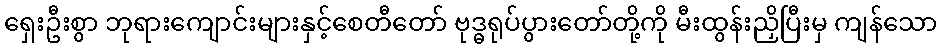
ရှေးဦးစွာ ဘုရားကျောင်းများနှင့်စေတီတော် ဗုဒ္ဓရုပ်ပွားတော်တို့ကို မီးထွန်းညှိပြီးမှ ကျန်သော